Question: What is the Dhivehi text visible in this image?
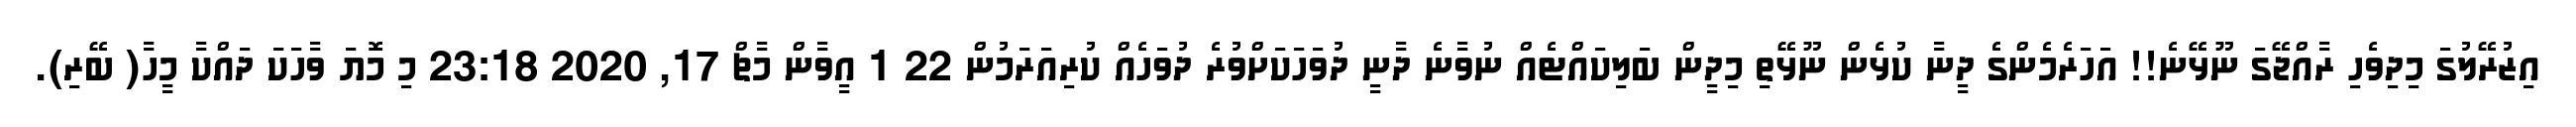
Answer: އިޒުރޭލުގަ މިދިވެހި ރާއްޖޭގަ ނޫޅޭނެ!! އަހަރެމެންގެ ދީނާ ކުޅެން ނޫޅޭތި މިދީން ބަލިކައްޓެއް ނުވާނެ ދާނީ ދުވަހަކަށްވުރެ ދުވަހެއް ކުރިއަރަމުން 22 1 އީވާން މާޗް 17, 2020 23:18 މި މޮޔަ ވާހަކަ ދައްކާ މީހާ( ބޭރި).